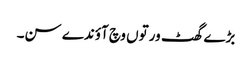
بڑے گھٹ ورتوں وچ آؤندے سن۔